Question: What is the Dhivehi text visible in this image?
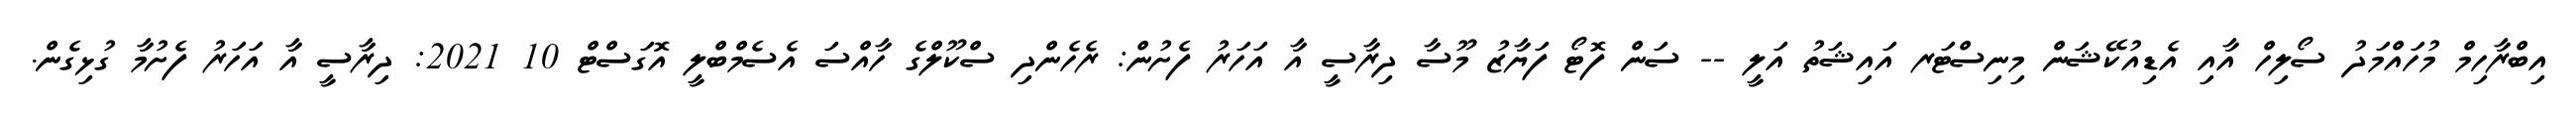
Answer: އިބްރާހިމް މުހައްމަދު ސޯލިހް އާއި އެޑިއުކޭޝަން މިނިސްޓަރ އައިޝަތު އަލީ -- ސަން ފޮޓޯ ފަޔާޒު މޫސާ ދިރާސީ އާ އަހަރު ފެށުން: ރެހެންދި ސްކޫލްގެ ހާއްސަ އެސެމްބްލީ އޮގަސްޓް 10 2021: ދިރާސީ އާ އަހަރު ފެށުމާ ގުޅިގެން.